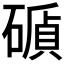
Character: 𥕫